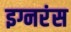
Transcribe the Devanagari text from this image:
इग्नरंस